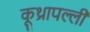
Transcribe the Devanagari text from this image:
कूथ्रापल्ली